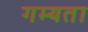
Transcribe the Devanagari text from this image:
गम्यता